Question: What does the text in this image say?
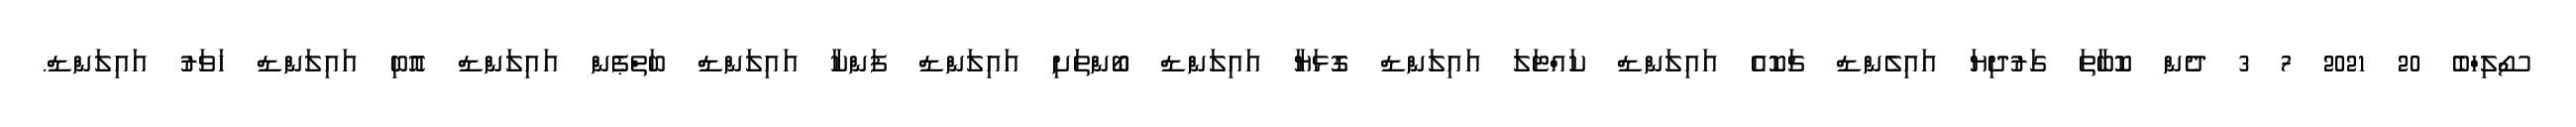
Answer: ސޯލިހްބެ 20 2021 7 3 ދެން ކޮބާތަ ގަރުދިޔަ އައިލެންޑް ޗަކޮއެ އައިލަންޑް ކައްޓަލަ އައިލަންޑް ގޮޅަޔާ އައިލަންޑް ބޯންތަށި އައިލަންޑް ފަންކާ އައިލަންޑް ބަތްޕެން އައިލަންޑް އޮބި އައިލަންޑް ހަވަރު އައިލަންޑް.